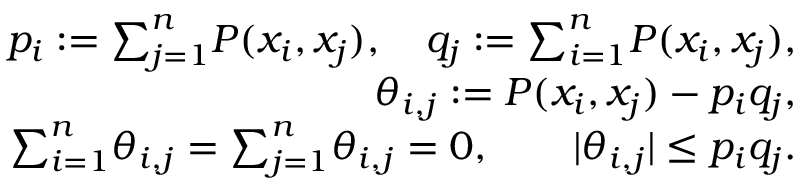
\begin{array} { r l r } & { } & { p _ { i } : = { \sum } _ { j = 1 } ^ { n } P ( x _ { i } , x _ { j } ) , \quad q _ { j } : = { \sum } _ { i = 1 } ^ { n } P ( x _ { i } , x _ { j } ) , } \\ & { } & { \theta _ { i , j } : = P ( x _ { i } , x _ { j } ) - p _ { i } q _ { j } , } \\ & { } & { { \sum } _ { i = 1 } ^ { n } \theta _ { i , j } = { \sum } _ { j = 1 } ^ { n } \theta _ { i , j } = 0 , \qquad | \theta _ { i , j } | \leq p _ { i } q _ { j } . } \end{array}